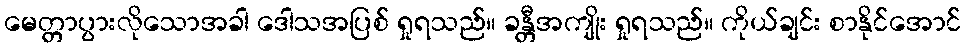
မေတ္တာပွားလိုသောအခါ ဒေါသအပြစ် ရှုရသည်။ ခန္တီအကျိုး ရှုရသည်။ ကိုယ်ချင်း စာနိုင်အောင်